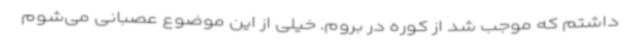
داشتم که موجب شد از کوره در بروم. خیلی از این موضوع عصبانی می‌شوم